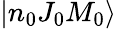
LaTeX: |n_{0}J_{0}M_{0}\rangle